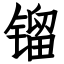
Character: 镏